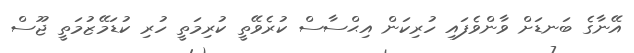
އޭނާގެ ބަނޑަށް ވާންވެފައި ހުރިކަން އިޙްސާސް ކުރެވޭތީ ކުރިމަތީ ހުރި ކުޑަމޭޒުމަތީ ޖޫސް